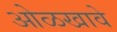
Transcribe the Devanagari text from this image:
ओळखावे